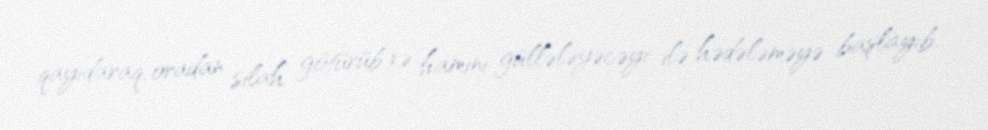
qayıdaraq, oradan silah götürüb və hamını güllələyəcəyi ilə hədələməyə başlayıb.